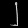
Digit: ၂